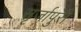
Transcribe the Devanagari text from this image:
सृर्जापुरी